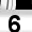
Digit: 6